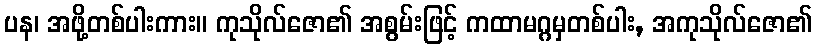
ပန၊ အဖို့တစ်ပါးကား။ ကုသိုလ်ဇော၏ အစွမ်းဖြင့် ကထာမဂ္ဂမှတစ်ပါး, အကုသိုလ်ဇော၏